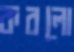
করলো